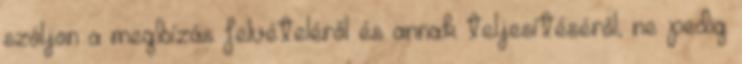
szóljon a megbízás felvételéről és annak teljesítéséről, ne pedig